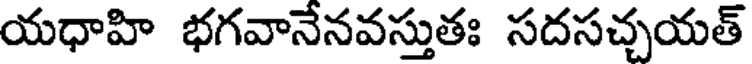
యధాహి భగవానేనవస్తుతః సదసచ్చయత్